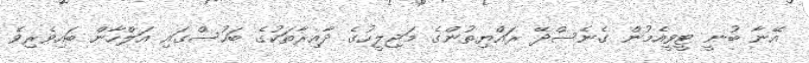
އޭނާ ބުނީ ޓީވީއެމުން ގެނެސްދޭ ރައްޔިތުންގެ މަޖިލީހުގެ ދާއިރާތަކުގެ ބަހުސްގައި އަލްހާން ބައިވެރިވެ